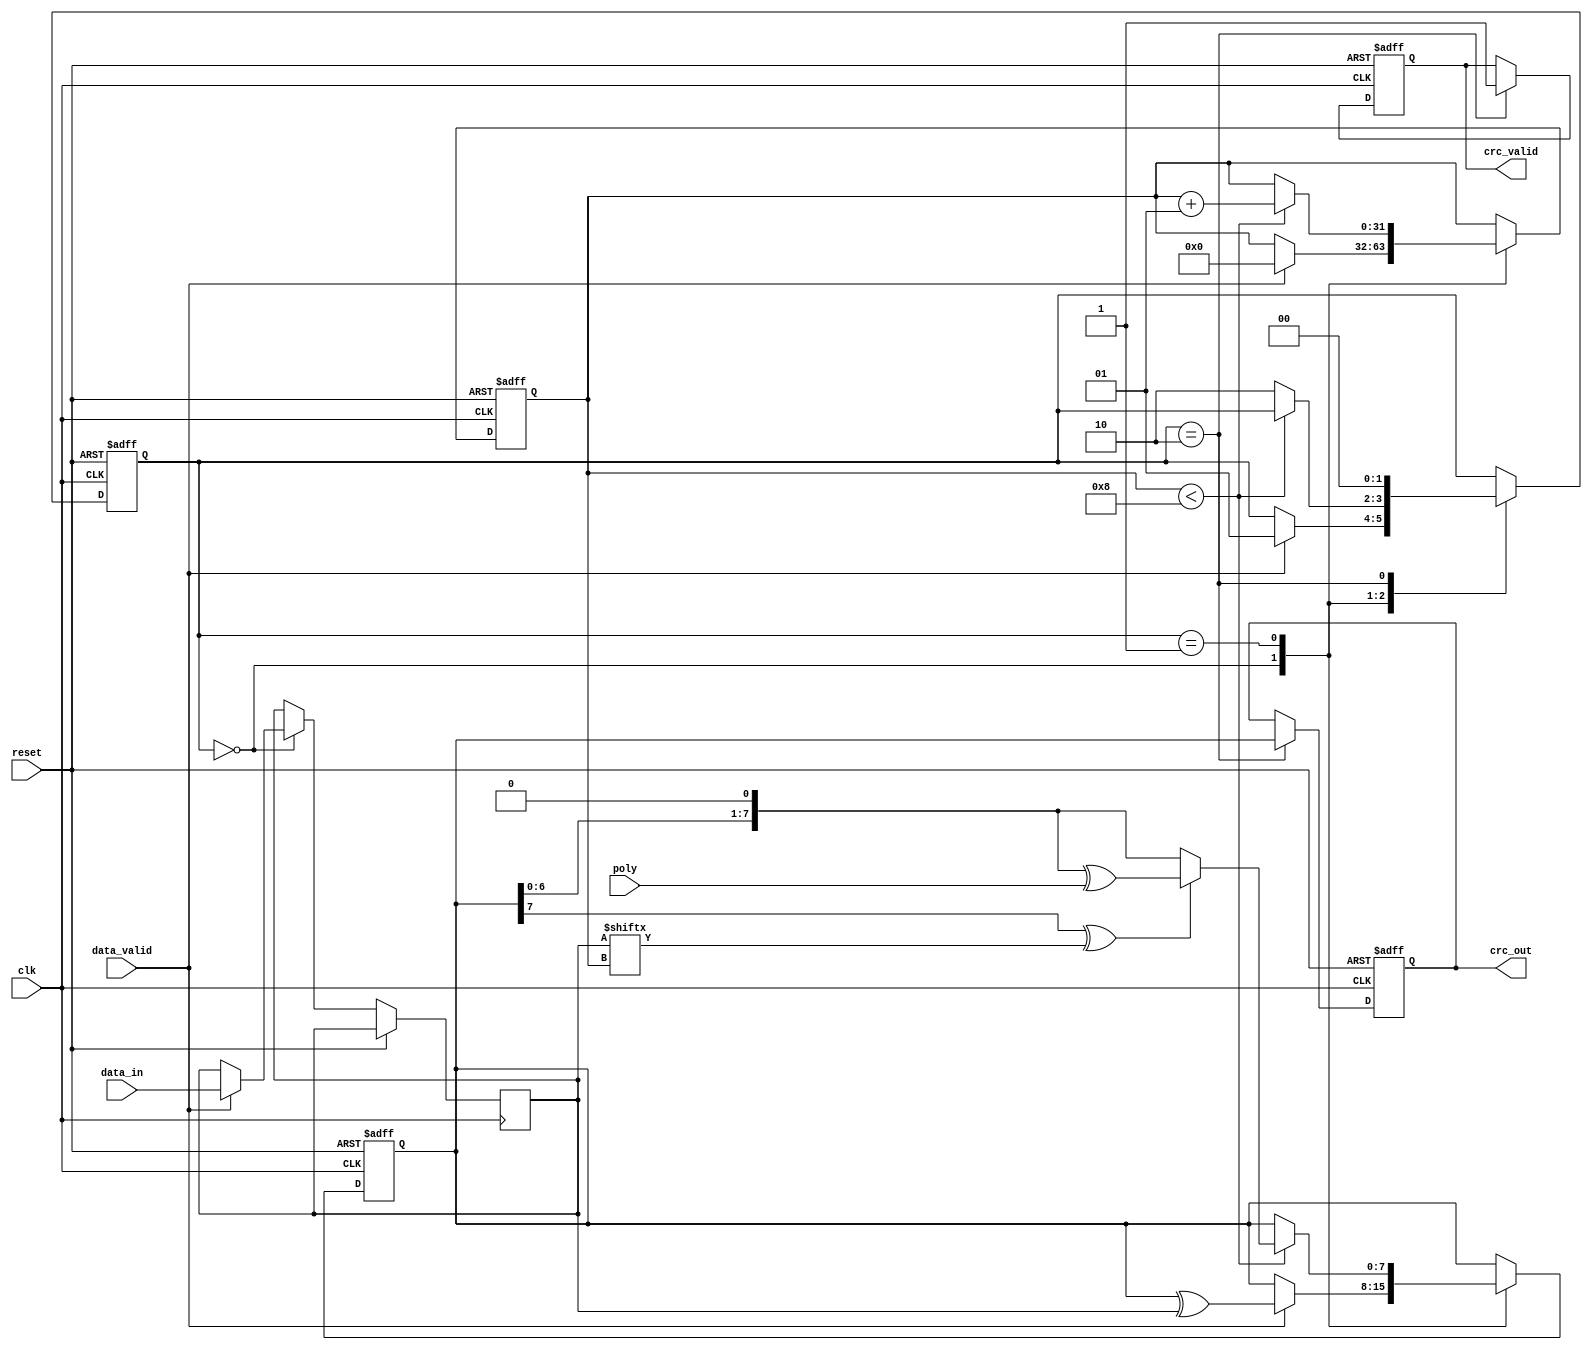
module parameterized_crc #(
    parameter CRC_WIDTH = 8,          // Width of the CRC output
    parameter POLY_WIDTH = 8,         // Width of the polynomial
    parameter INIT_VALUE = 8'hFF,      // Initial value for the CRC register
    parameter REFLECT_INPUT = 1'b0,    // Reflect input data
    parameter REFLECT_OUTPUT = 1'b0    // Reflect output CRC
)(
    input wire clk,                    // Clock signal
    input wire reset,                  // Asynchronous reset
    input wire [7:0] data_in,          // Input data stream (8 bits for example)
    input wire data_valid,             // Signal indicating valid data
    input wire [POLY_WIDTH-1:0] poly,  // Polynomial for CRC calculation
    output reg [CRC_WIDTH-1:0] crc_out, // Calculated CRC value
    output reg crc_valid               // Signal indicating CRC is valid
);

    reg [CRC_WIDTH-1:0] crc_reg;       // Internal CRC register
    reg [7:0] data_buffer;              // Buffer for incoming data
    integer bit_counter;                // Counter for bits processed
    reg [1:0] state;                   // State machine: 0=IDLE, 1=PROCESSING, 2=OUTPUT

    localparam IDLE = 2'b00;
    localparam PROCESSING = 2'b01;
    localparam OUTPUT = 2'b10;

    // Reflect function for input and output
    function [7:0] reflect;
        input [7:0] data;
        integer i;
        begin
            reflect = 0;
            for (i = 0; i < 8; i = i + 1) begin
                reflect[i] = data[7 - i];
            end
        end
    endfunction

    // CRC calculation process
    always @(posedge clk or posedge reset) begin
        if (reset) begin
            crc_reg <= INIT_VALUE;
            crc_out <= 0;
            crc_valid <= 0;
            state <= IDLE;
            bit_counter <= 0;
        end else begin
            case (state)
                IDLE: begin
                    if (data_valid) begin
                        data_buffer <= REFLECT_INPUT ? reflect(data_in) : data_in;
                        crc_reg <= crc_reg ^ data_buffer; // Initial XOR with data
                        bit_counter <= 0;
                        state <= PROCESSING;
                    end
                end

                PROCESSING: begin
                    if (bit_counter < 8) begin
                        if (crc_reg[CRC_WIDTH-1] ^ data_buffer[bit_counter]) begin
                            crc_reg <= (crc_reg << 1) ^ poly; // Shift and XOR with polynomial
                        end else begin
                            crc_reg <= crc_reg << 1; // Just shift
                        end
                        bit_counter <= bit_counter + 1;
                    end else begin
                        state <= OUTPUT;
                    end
                end

                OUTPUT: begin
                    crc_out <= REFLECT_OUTPUT ? reflect(crc_reg) : crc_reg;
                    crc_valid <= 1;
                    state <= IDLE; // Go back to IDLE after output
                end
            endcase
        end
    end

endmodule